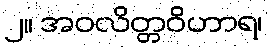
၂။ အဝလိတ္တဝိဟာရ၊